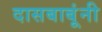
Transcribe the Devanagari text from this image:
दासबाबूंनी